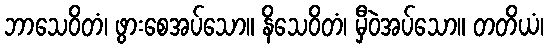
ဘာသေဝိတံ၊ ဖွားစေအပ်သော။ နိသေဝိတံ၊ မှီဝဲအပ်သော။ တတိယံ၊